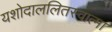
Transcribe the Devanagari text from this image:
यशोदाललितस्वात्मा